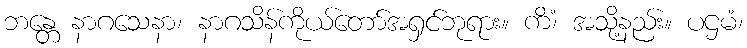
ဘန္တေ နာဂသေနာ၊ နာဂသိန်ကိုယ်တော်အရှင်ဘုရား။ ကိံ၊ အသို့နည်း။ ပဌမံ၊